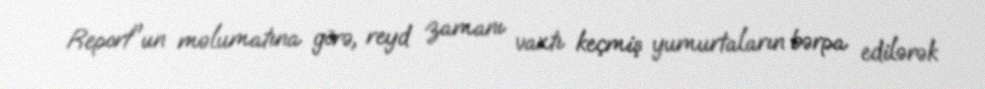
Report"un məlumatına görə, reyd zamanı vaxtı keçmiş yumurtaların bərpa edilərək